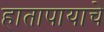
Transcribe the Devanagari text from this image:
हातापायाचे